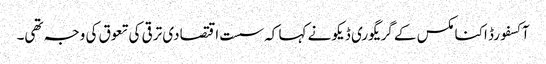
آکسفورڈ اکنامکس کے گریگوری ڈیکو نے کہا کہ سست اقتصادی ترقی کی تعوق کی وجہ تھی۔